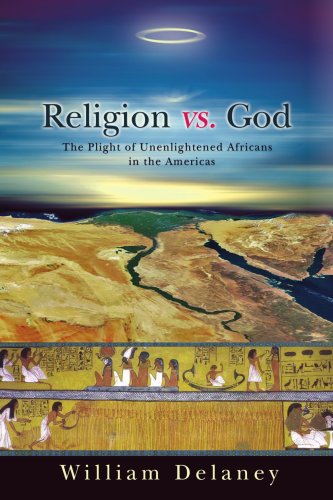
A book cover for Religion vs. God: The Plight of Unenlightened Africans in the Americas; William Delaney; Teen & Young Adult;